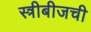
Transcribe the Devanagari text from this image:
स्त्रीबीजची